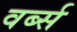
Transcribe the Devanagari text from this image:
वर्ब्स